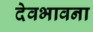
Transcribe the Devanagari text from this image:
देवभावना